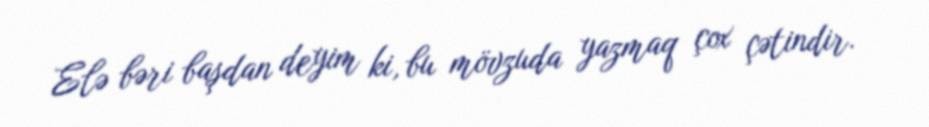
Elə bəri başdan deyim ki, bu mövzuda yazmaq çox çətindir.